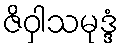
ဇိဝှါသမုဒ္ဒံ